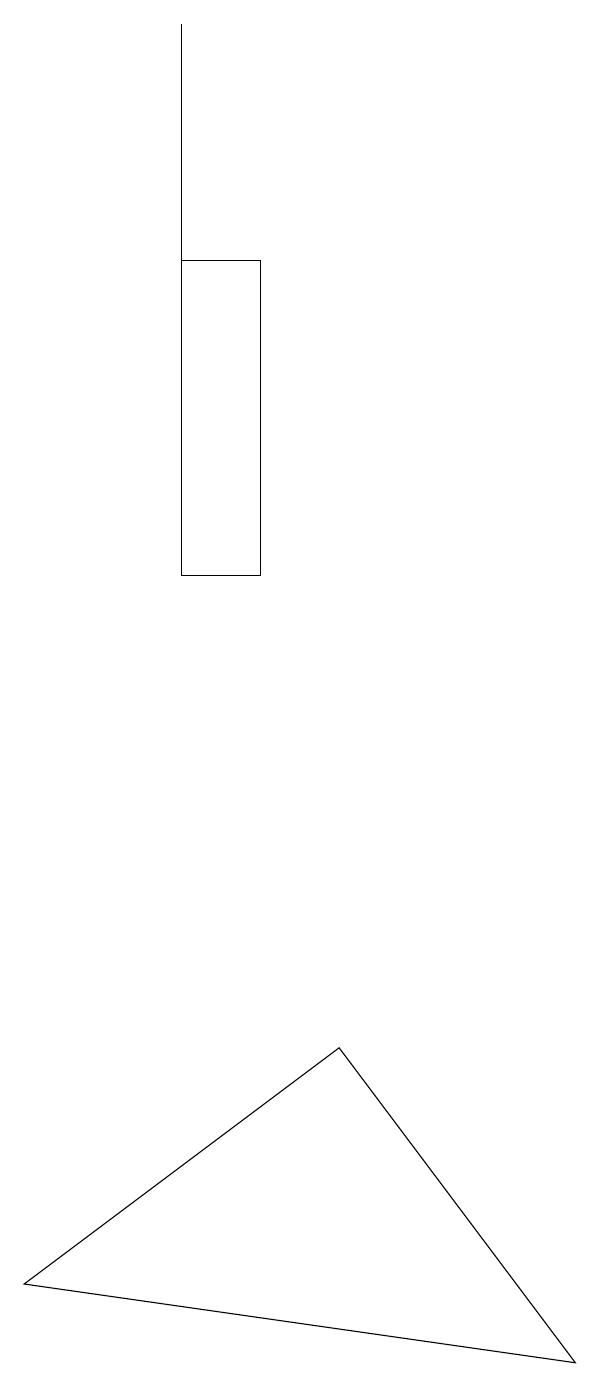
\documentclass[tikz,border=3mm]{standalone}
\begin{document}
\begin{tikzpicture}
\draw (5,16) rectangle (4,12);
\draw (6,6) -- (9,2) -- (2,3) -- cycle;
\draw (4,19) rectangle (4,14);
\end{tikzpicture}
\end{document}